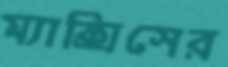
ম্যাক্সিসের